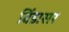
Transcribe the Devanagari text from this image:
विंडासर